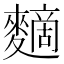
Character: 䵂